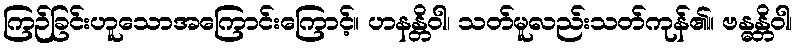
ကြဉ်ခြင်းဟူသောအကြောင်းကြောင့်။ ဟနန္တိဝါ၊ သတ်မူလည်းသတ်ကုန်၏။ ဗန္ဓန္တိဝါ၊